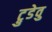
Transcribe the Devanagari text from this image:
ट्रुडेवु